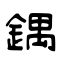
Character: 鍝